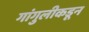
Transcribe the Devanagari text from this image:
गांगुलीकडून